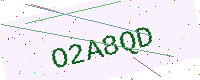
Text: O2A8QD